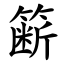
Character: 簖